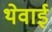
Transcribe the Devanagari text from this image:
थेवाई